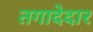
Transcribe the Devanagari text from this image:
तगादेदार